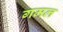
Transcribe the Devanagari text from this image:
गमल